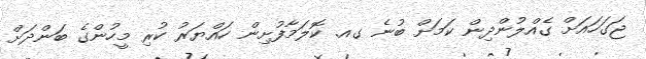
ޖަގަހައަށް ގެއްލުންދިން ކަމަށް ބުނެ ގއ. ކޮލަމާފުށިން ހައްޔަރު ކުރި މީހުންގެ ބަންދަށް